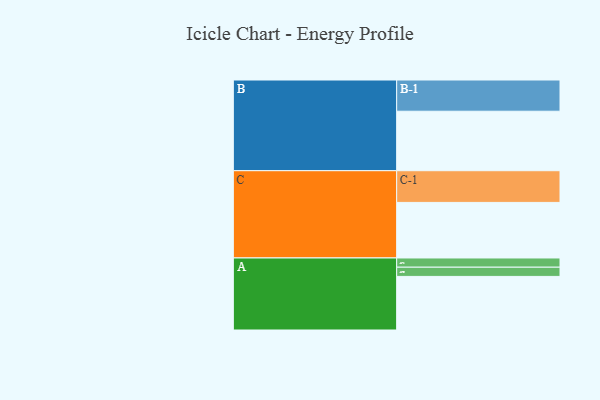
{"axis": {"x": "Segment", "y": "Value"}, "legend": ["", "A", "B", "C"], "data": [{"x": "A", "y": 436, "type": ""}, {"x": "B", "y": 484, "type": ""}, {"x": "C", "y": 452, "type": ""}, {"x": "A-1", "y": 75, "type": "A"}, {"x": "A-2", "y": 75, "type": "A"}, {"x": "B-1", "y": 254, "type": "B"}, {"x": "C-1", "y": 258, "type": "C"}]}